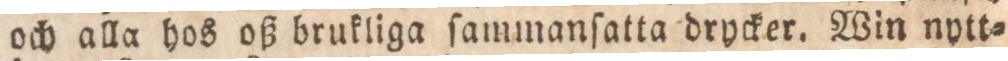
och alla hos oß brukliga ſammanſatta drycker. Win nytt=